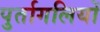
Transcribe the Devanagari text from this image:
पुर्तागलियों